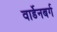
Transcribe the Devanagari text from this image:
वार्डेनबर्ग